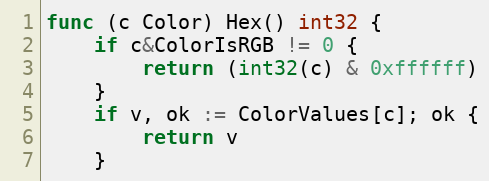
Language: Go
func (c Color) Hex() int32 {
	if c&ColorIsRGB != 0 {
		return (int32(c) & 0xffffff)
	}
	if v, ok := ColorValues[c]; ok {
		return v
	}